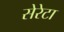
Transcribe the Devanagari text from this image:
सेरेटा